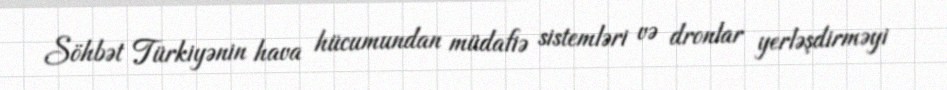
Söhbət Türkiyənin hava hücumundan müdafiə sistemləri və dronlar yerləşdirməyi